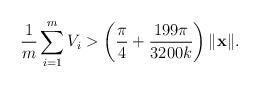
LaTeX: \begin{align*}\frac{1}{m}\sum_{i=1}^mV_i > \left(\frac{\pi}{4}+\frac{199\pi}{3200k}\right)\|\mathbf{x}\|.\end{align*}